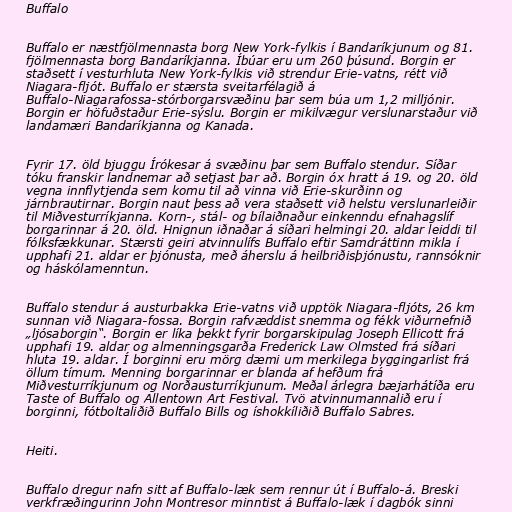
Buffalo

Buffalo er næstfjölmennasta borg New York-fylkis í Bandaríkjunum og 81.
fjölmennasta borg Bandaríkjanna. Íbúar eru um 260 þúsund. Borgin er
staðsett í vesturhluta New York-fylkis við strendur Erie-vatns, rétt við
Niagara-fljót. Buffalo er stærsta sveitarfélagið á
Buffalo-Niagarafossa-stórborgarsvæðinu þar sem búa um 1,2 milljónir.
Borgin er höfuðstaður Erie-sýslu. Borgin er mikilvægur verslunarstaður við
landamæri Bandaríkjanna og Kanada.

Fyrir 17. öld bjuggu Írókesar á svæðinu þar sem Buffalo stendur. Síðar
tóku franskir landnemar að setjast þar að. Borgin óx hratt á 19. og 20. öld
vegna innflytjenda sem komu til að vinna við Erie-skurðinn og
járnbrautirnar. Borgin naut þess að vera staðsett við helstu verslunarleiðir
til Miðvesturríkjanna. Korn-, stál- og bílaiðnaður einkenndu efnahagslíf
borgarinnar á 20. öld. Hnignun iðnaðar á síðari helmingi 20. aldar leiddi til
fólksfækkunar. Stærsti geiri atvinnulífs Buffalo eftir Samdráttinn mikla í
upphafi 21. aldar er þjónusta, með áherslu á heilbriðisþjónustu, rannsóknir
og háskólamenntun.

Buffalo stendur á austurbakka Erie-vatns við upptök Niagara-fljóts, 26 km
sunnan við Niagara-fossa. Borgin rafvæddist snemma og fékk viðurnefnið
„ljósaborgin“. Borgin er líka þekkt fyrir borgarskipulag Joseph Ellicott frá
upphafi 19. aldar og almenningsgarða Frederick Law Olmsted frá síðari
hluta 19. aldar. Í borginni eru mörg dæmi um merkilega byggingarlist frá
öllum tímum. Menning borgarinnar er blanda af hefðum frá
Miðvesturríkjunum og Norðausturríkjunum. Meðal árlegra bæjarhátíða eru
Taste of Buffalo og Allentown Art Festival. Tvö atvinnumannalið eru í
borginni, fótboltaliðið Buffalo Bills og íshokkíliðið Buffalo Sabres.

Heiti.

Buffalo dregur nafn sitt af Buffalo-læk sem rennur út í Buffalo-á. Breski
verkfræðingurinn John Montresor minntist á Buffalo-læk í dagbók sinni